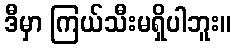
ဒီမှာ ကြယ်သီးမရှိပါဘူး။